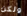
ولكن